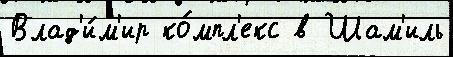
Влад'и́м'ир ко́мпл'екс в Шам'иль